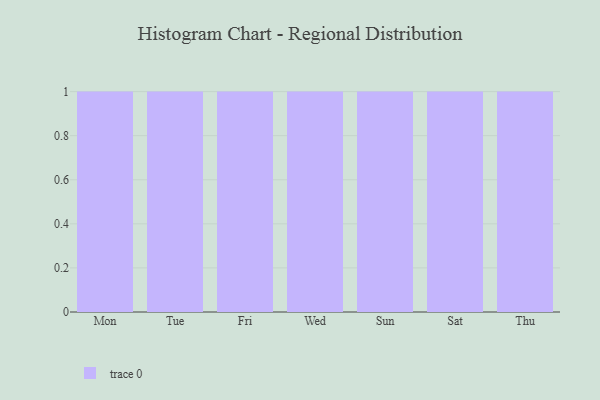
{"axis": {"x": "Day", "y": "Headcount"}, "legend": [""], "data": [{"x": "Mon", "y": 56, "type": ""}, {"x": "Tue", "y": 35, "type": ""}, {"x": "Fri", "y": 17, "type": ""}, {"x": "Wed", "y": 72, "type": ""}, {"x": "Sun", "y": 35, "type": ""}, {"x": "Sat", "y": 90, "type": ""}, {"x": "Thu", "y": 59, "type": ""}]}